Indian journal of veterinary science and animal husbandry - Volumes 15-17, 1948-1951
Year: 1948
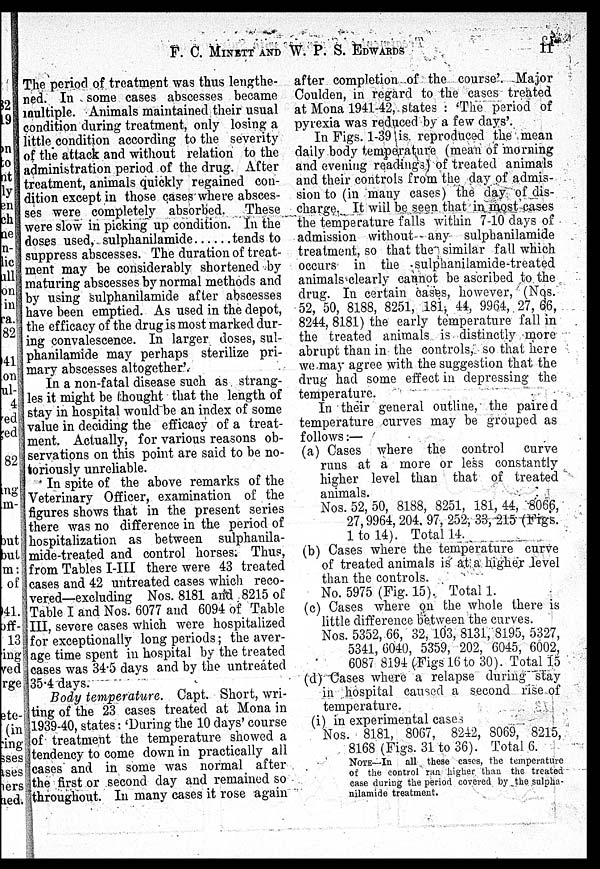
F. C. MINETT AND W. P. S. EDWARDS
11
The period of treatment was thus lengthe-
ned. In some cases abscesses became
multiple. Animals maintained their usual
condition during treatment, only losing a
little condition according to the severity
of the attack and without relation to the
administration period of the drug. After
treatment, animals quickly regained con-
dition except in those cases where absces-
ses were completely absorbed. These
were slow in picking up condition. In the
doses used, sulphanilamide
tends to
suppress abscesses. The duration of treat-
ment may be considerably shortened by
maturing abscesses by normal methods and
by using sulphanilamide after abscesses
have been emptied. As used in the depot,
the efficacy of the drug is most marked dur-
ing convalescence. In larger doses, sul-
phanilamide may perhaps sterilize pri-
mary abscesses altogether'.
In a non-fatal disease such as strang-
les it might be thought that the length of
stay in hospital would be an index of some
value in deciding the efficacy of a treat-
ment. Actually, for various reasons ob-
servations on this point are said to be no-
toriously unreliable.
In spite of the above remarks of the
Veterinary Officer, examination of the
figures shows that in the present series
there was no difference in the period of
hospitalization as between sulphanila-
mide-treated and control horses. Thus,
from Tables I-III there were 43 treated
cases and 42 untreated cases which reco-
vered—excluding Nos. 8181 and 8215 of
Table I and Nos. 6077 and 6094 of Table
III, severe cases which were hospitalized
for exceptionally long periods; the aver-
age time spent in hospital by the treated
cases was 34.5 days and by the untreated
35.4 days.
Body temperature. Capt. Short, wri-
ting of the 23 cases treated at Mona in
1939-40, states: 'During the 10 days' course
of treatment the temperature showed a
tendency to come down in practically all
cases and in some was normal after
the first or second day and remained so
throughout. In many cases it rose again
after completion of the course'. Major
Coulden, in regard to the cases treated
at Mona 1941-42, states: 'The period of
pyrexia was reduced by a few days'.
In Figs. 1-39 is reproduced the mean
daily body temperature (mean of morning
and evening readings) of treated animals
and their controls from the day of admis-
sion to (in many cases) the day of dis-
charge. It will be seen that in most cases
the temperature falls within 7-10 days of
admission without any sulphanilamide
treatment, so that the similar fall which
occurs in the sulphanilamide-treated
animals clearly cannot be ascribed to the
drug. In certain cases, however, (Nos.
52, 50, 8188, 8251, 181, 44, 9964, 27, 66,
8244, 8181) the early temperature fall in
the treated animals is distinctly more
abrupt than in the controls, so that here
we may agree with the suggestion that the
drug had some effect in depressing the
temperature.
In their general outline, the paired
temperature curves may be grouped as
follows:—
(a) Cases where the control curve
runs at a more or less constantly
higher level than that of treated
animals.
Nos. 52, 50, 8188, 8251, 181, 44, 8066,
27, 9964, 204, 97, 252, 33, 215 (Figs.
1 to 14). Total 14.
(b) Cases where the temperature curve
of treated animals is at a higher level
than the controls.
No. 5975 (Fig. 15). Total 1.
(c) Cases where on the whole there is
little difference between the curves.
Nos. 5352, 66, 32, 103, 8131, 8195, 5327,
5341, 6040, 5359, 202, 6045, 6002,
6087 8194 (Figs 16 to 30). Total 15
(d) Cases where a relapse during stay
in hospital caused a second rise of
temperature.
(i) in experimental cases
Nos. 8181, 8067, 8242, 8069, 8215,
8168 (Figs. 31 to 36). Total 6.
NOTE—In all these cases, the temperature
of the control ran higher than the treated
case during the period covered by the sulpha-
nilamide treatment.